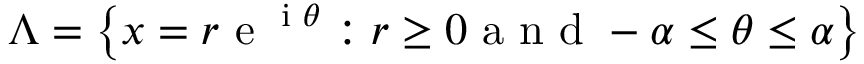
\Lambda = \left\{ x = r \textrm { e } ^ { \textrm { i } \theta } : r \geq 0 \textrm { a n d } - \alpha \leq \theta \leq \alpha \right\}